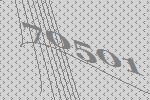
70501